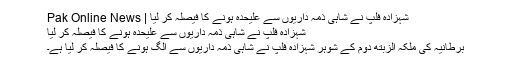
شہزادہ فلپ نے شاہی ذمہ داریوں سے علیحدہ ہونے کا فیصلہ کر لیا | Pak Online News
شہزادہ فلپ نے شاہی ذمہ داریوں سے علیحدہ ہونے کا فیصلہ کر لیا
برطانیہ کی ملکہ الزبتھ دوم کے شوہر شہزادہ فلپ نے شاہی ذمہ داریوں سے الگ ہونے کا فیصلہ کر لیا ہے۔